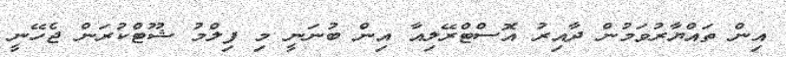
އިން ތައްޔާރުވަމުން ދާއިރު އޮސްޓްރޭލިއާ އިން ބުނަނީ މި ފިލްމު ޝޫޓްކުރަން ޖެހޭނީ